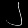
Digit: ၂